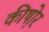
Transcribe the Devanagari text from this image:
कीष़ोर